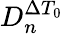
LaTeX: D_{n}^{\Delta T_{0}}